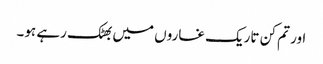
اور تم کن تاریک غاروں میں بھٹک رہے ہو۔